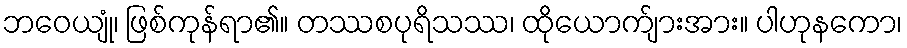
ဘဝေယျုံ၊ ဖြစ်ကုန်ရာ၏။ တဿစပုရိသဿ၊ ထိုယောက်ျားအား။ ပါဟုနကော၊